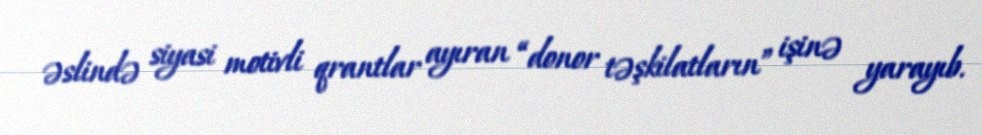
əslində siyasi motivli qrantlar ayıran “donor təşkilatların” işinə yarayıb.